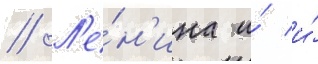
// Л'е́н'ина и́ и́